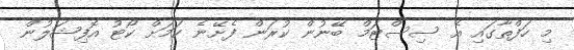
މި ހަފްތާގައި އެ ސިސްޓަމް ބޭނުން ކުރަން ފެށޭނެ ކަމަށް ކޯޓު އޮފިޝަލުން